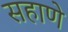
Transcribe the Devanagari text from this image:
सहाणे